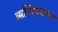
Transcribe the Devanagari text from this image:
ऋत्विक्वरण